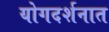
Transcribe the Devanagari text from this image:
योगदर्शनात